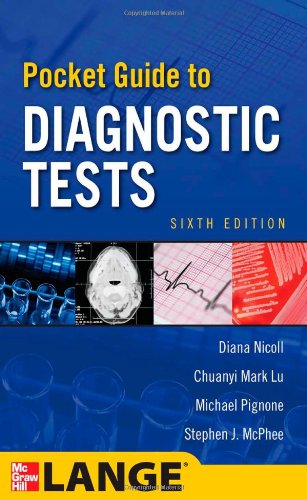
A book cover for Pocket Guide to Diagnostic Tests, Sixth Edition; Diana Nicoll; Medical Books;